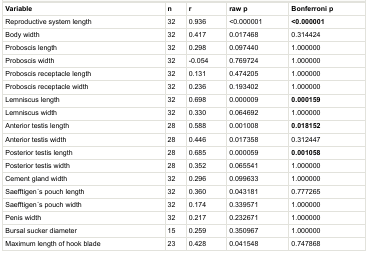
<table><thead><tr><td><b>Variable</b></td><td><b>n</b></td><td><b>r</b></td><td><b>raw p</b></td><td><b>Bonferroni p</b></td></tr></thead><tbody><tr><td>Reproductive system length</td><td>32</td><td>0.936</td><td>&lt;0.000001</td><td><b>&lt;0.000001</b></td></tr><tr><td>Body width</td><td>32</td><td>0.417</td><td>0.017468</td><td>0.314424</td></tr><tr><td>Proboscis length</td><td>32</td><td>0.298</td><td>0.097440</td><td>1.000000</td></tr><tr><td>Proboscis width</td><td>32</td><td>-0.054</td><td>0.769724</td><td>1.000000</td></tr><tr><td>Proboscis receptacle length</td><td>32</td><td>0.131</td><td>0.474205</td><td>1.000000</td></tr><tr><td>Proboscis receptacle width</td><td>32</td><td>0.236</td><td>0.193402</td><td>1.000000</td></tr><tr><td>Lemniscus length</td><td>32</td><td>0.698</td><td>0.000009</td><td><b>0.000159</b></td></tr><tr><td>Lemniscus width</td><td>32</td><td>0.330</td><td>0.064692</td><td>1.000000</td></tr><tr><td>Anterior testis length</td><td>28</td><td>0.588</td><td>0.001008</td><td><b>0.018152</b></td></tr><tr><td>Anterior testis width</td><td>28</td><td>0.446</td><td>0.017358</td><td>0.312447</td></tr><tr><td>Posterior testis length</td><td>28</td><td>0.685</td><td>0.000059</td><td><b>0.001058</b></td></tr><tr><td>Posterior testis width</td><td>28</td><td>0.352</td><td>0.065541</td><td>1.000000</td></tr><tr><td>Cement gland width</td><td>32</td><td>0.296</td><td>0.099633</td><td>1.000000</td></tr><tr><td>Saefftigen ́s pouch length</td><td>32</td><td>0.360</td><td>0.043181</td><td>0.777265</td></tr><tr><td>Saefftigen ́s pouch width</td><td>32</td><td>0.174</td><td>0.339571</td><td>1.000000</td></tr><tr><td>Penis width</td><td>32</td><td>0.217</td><td>0.232671</td><td>1.000000</td></tr><tr><td>Bursal sucker diameter</td><td>15</td><td>0.259</td><td>0.350967</td><td>1.000000</td></tr><tr><td>Maximum length of hook blade</td><td>23</td><td>0.428</td><td>0.041548</td><td>0.747868</td></tr></tbody></table>